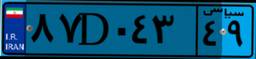
۸۷D۰۴۳۴۹